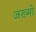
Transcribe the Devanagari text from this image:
जख्मो